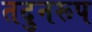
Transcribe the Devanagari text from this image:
तदुनरूप